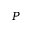
P